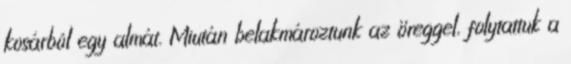
kosárból egy almát. Miután belakmároztunk az öreggel, folytattuk a